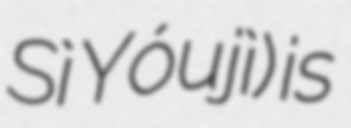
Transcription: Sì Yóujì) is